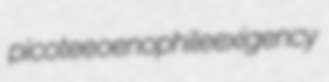
picotee oenophile exigency